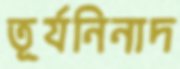
তূর্যনিনাদ